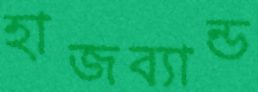
হাজব্যান্ড